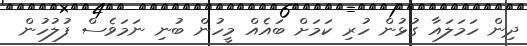
ދިން ހަމަލައާ ގުޅުން ހުރި ކަމަށް ބަައެއް މީހުން ބުނި ނަމަވެސް ފުލުހުން